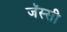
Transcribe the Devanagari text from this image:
जॅस्सी